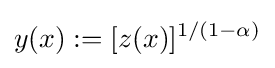
y(x):=[z(x)]^{1/(1-\alpha )}